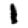
Digit: 1